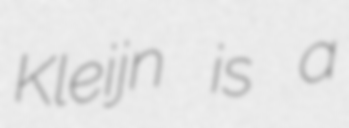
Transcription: Kleijn is a